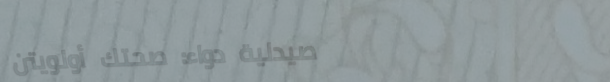
صيدلية دواء: صحتك أولويتن